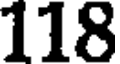
118